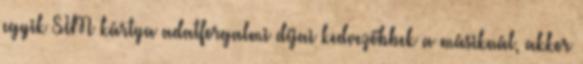
egyik SIM kártya adatforgalmi díjai kedvezőbbek a másiknál, akkor